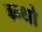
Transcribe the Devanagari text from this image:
ग्र्न्थो